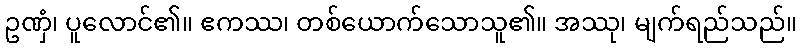
ဥဏှံ၊ ပူလောင်၏။ ဧကဿ၊ တစ်ယောက်သောသူ၏။ အဿု၊ မျက်ရည်သည်။